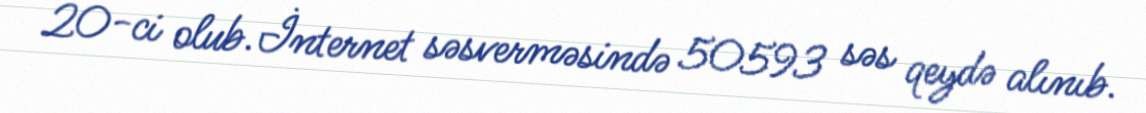
20-ci olub.İnternet səsverməsində 50593 səs qeydə alınıb.